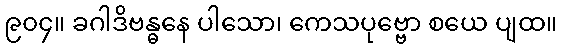
၉၀၄။ ခဂါဒိဗန္ဓနေ ပါသော၊ ကေသပုဗ္ဗော စယေ ပျထ။